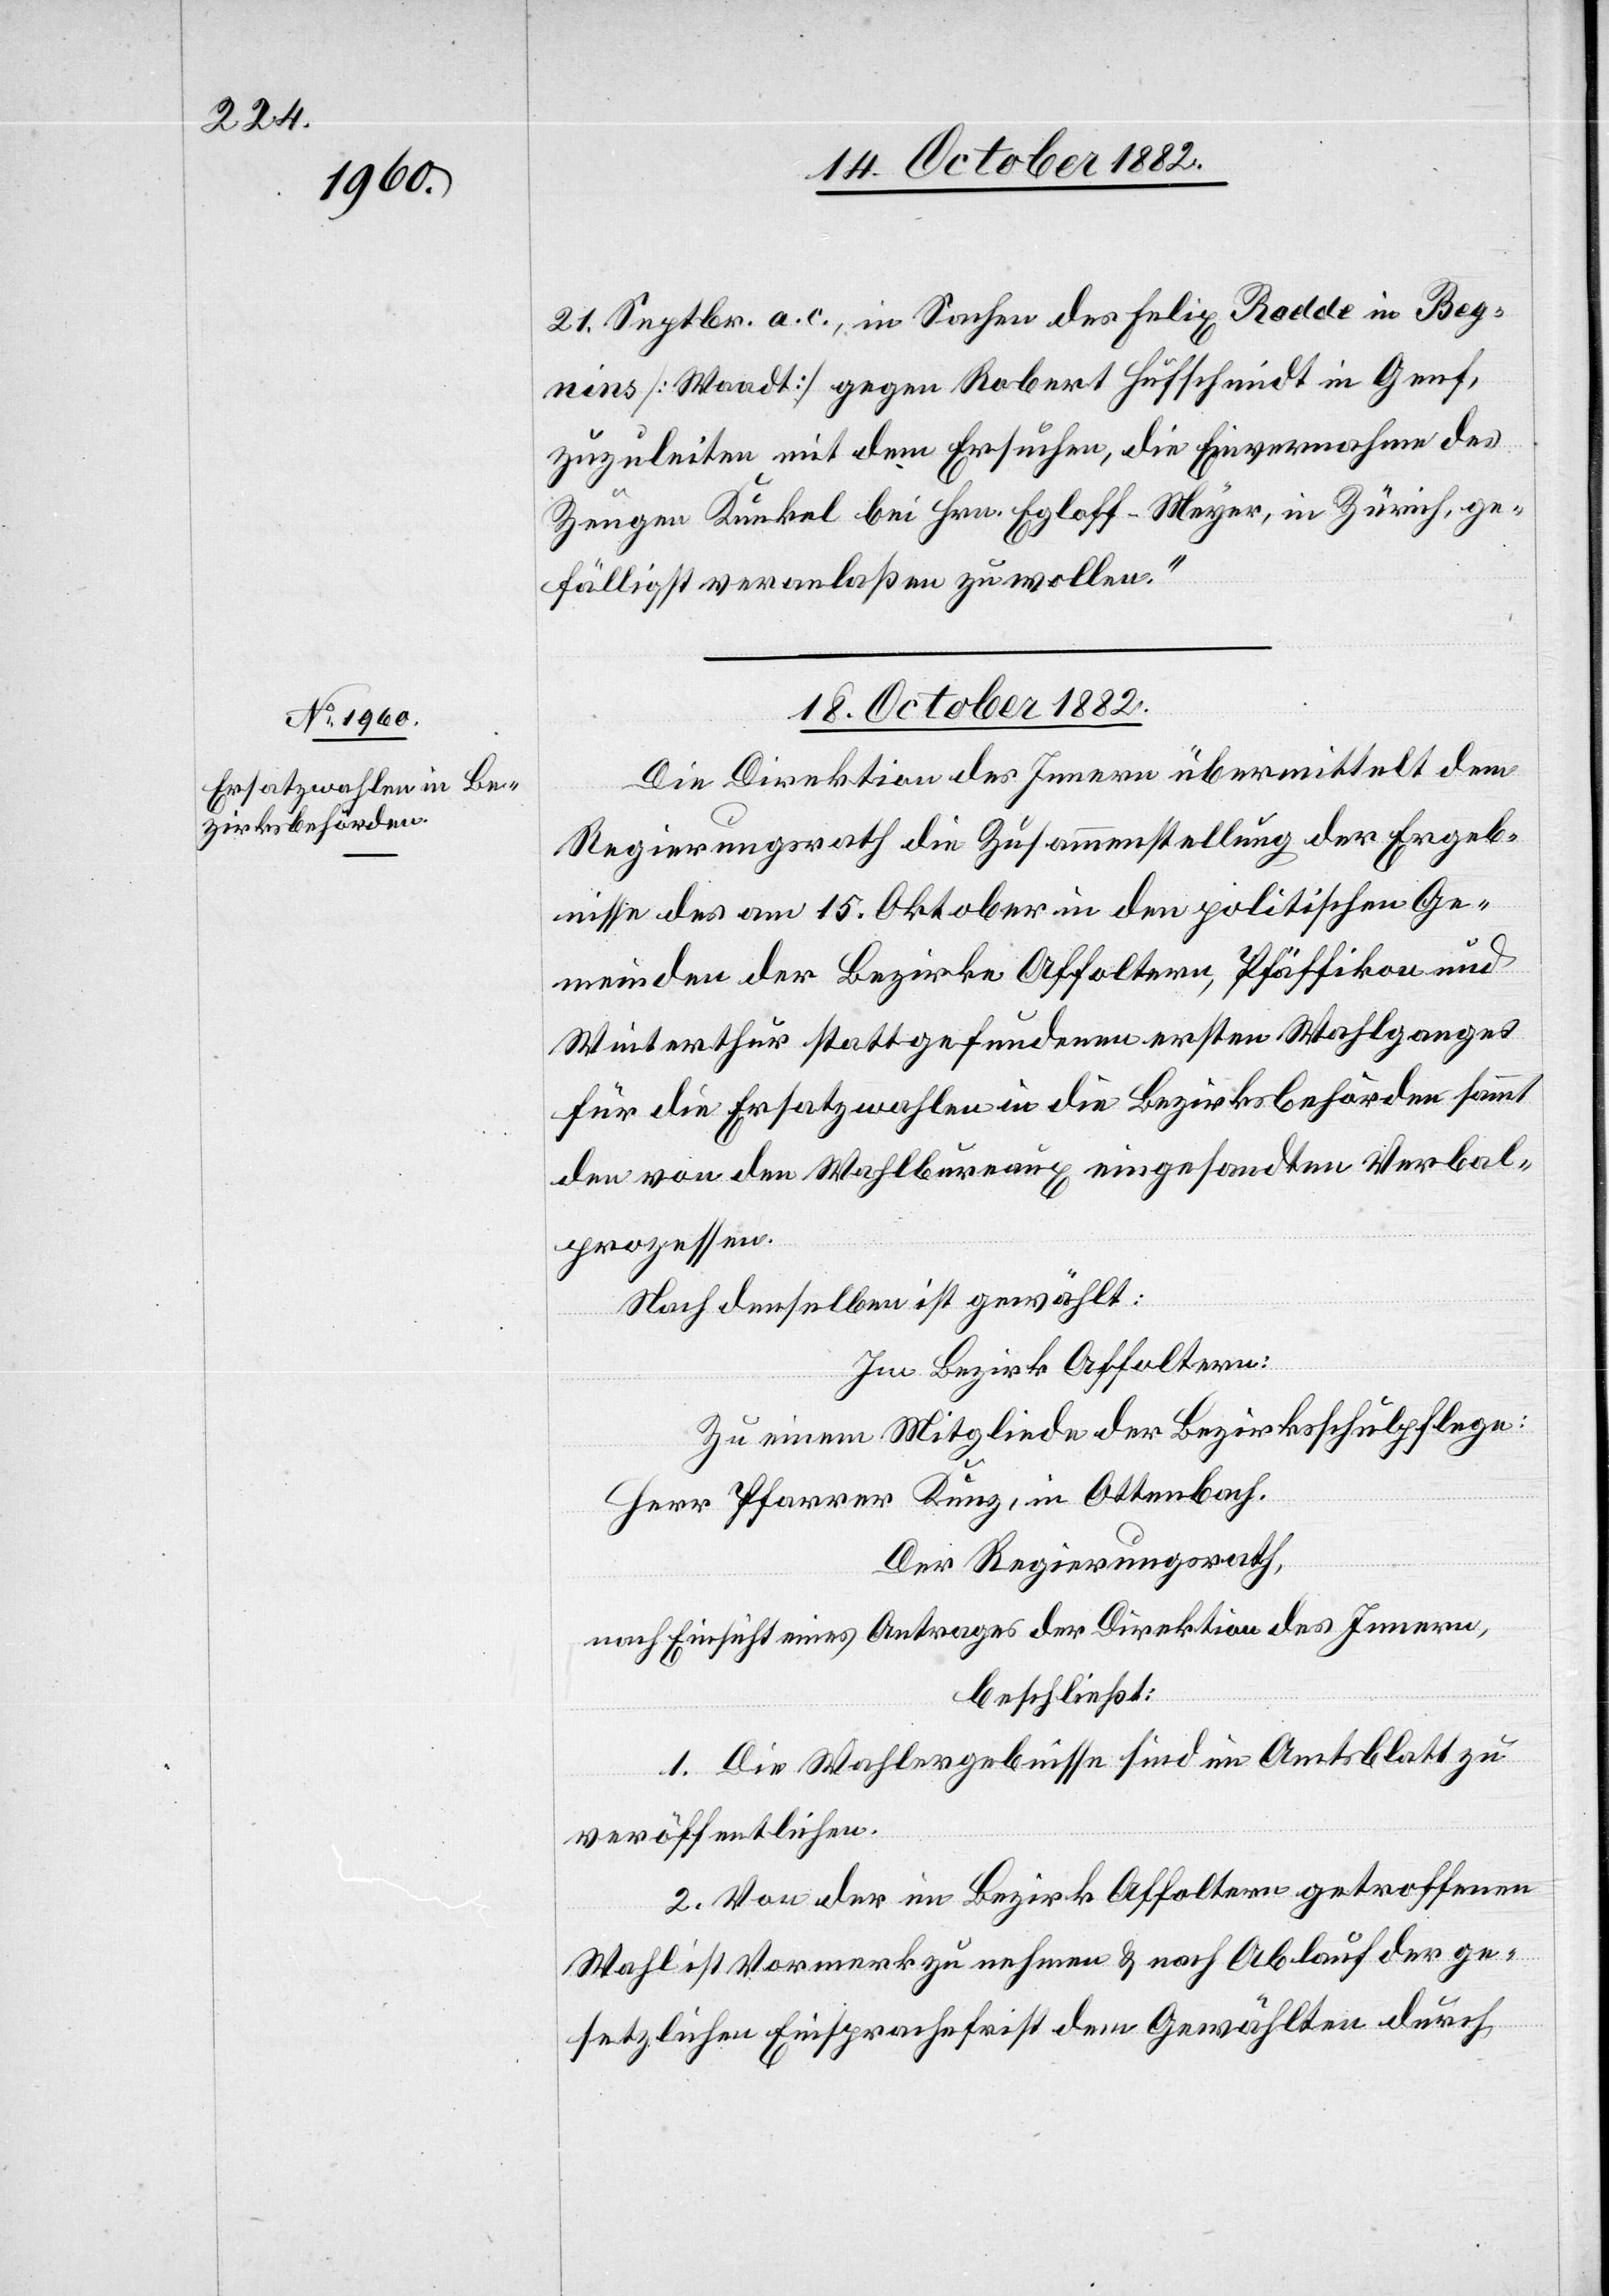
21. Septbr. a. c., in Sachen des Felix Rodde in Beg¬
nins [Waadt] gegen Robert Hufschmidt [sic!] in Genf
zuzuleiten mit dem Ersuchen, die Einvernahme des
Zeugen Kunkel bei Hrn. Egloff-Meyer, in Zürich, ge¬
fälligst veranlaßen zu wollen.“
18. October 1882.
Die Direktion des Innern übermittelt dem
Regierungsrath die Zusammenstellung der Ergeb¬
nisse des am 15. Oktober in den politischen Ge¬
meinden der Bezirke Affoltern, Pfäffikon und
Winterthur stattgefundenen ersten Wahlganges
für die Ersatzwahlen in die Bezirksbehörden sammt
den von den Wahlbureaux eingesandten Verbal¬
prozessen.
Nach denselben ist gewählt:
Im Bezirk Affoltern:
Zu einem Mitgliede der Bezirksschulpflege:
Herr Pfarrer Kunz, in Ottenbach.
Der Regierungsrath,
nach Einsicht eines Antrages der Direktion des Innern,
beschließt:
1. Die Wahlergebnisse sind im Amtsblatt zu
veröffentlichen.
2. Von der im Bezirk Affoltern getroffenen
Wahl ist Vormerk zu nehmen & nach Ablauf der ge¬
setzlichen Einsprachefrist dem Gewählten durch